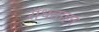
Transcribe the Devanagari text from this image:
रॉधताइन